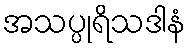
အသပ္ပုရိသဒါနံ